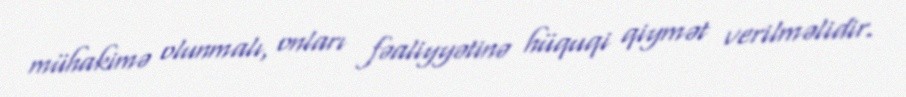
mühakimə olunmalı, onları fəaliyyətinə hüquqi qiymət verilməlidir.